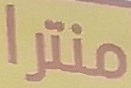
منترا